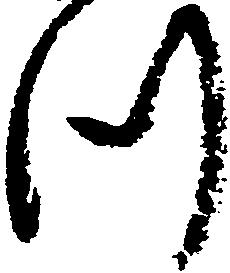
つ